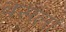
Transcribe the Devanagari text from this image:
बसलां